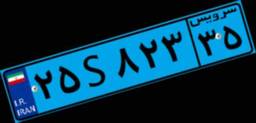
۴۶S۴۲۱۸۰